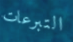
التبرعات